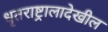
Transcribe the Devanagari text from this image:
धृतराष्ट्रालादेखील